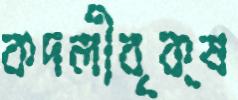
কদলীবৃক্ষ